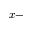
x -